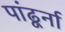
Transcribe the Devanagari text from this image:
पांढूर्ना